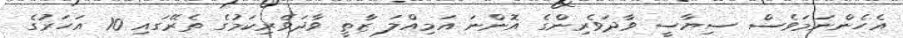
އެހެންނަމަވެސް ސިޔާސީ ވާދަވެރިންގެ އޮންނަ އަމިއްލަ ޒާތީ ވާދަވެރިކަމުގެ ތެރޭގައި 10 އަހަރުގެ